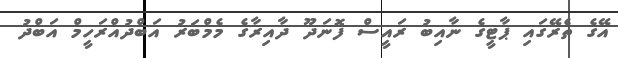
އޭގެ ތެރޭގައި ޕާޓީގެ ނާއިބު ރައީސް ފޮނަދޫ ދާއިރާގެ މެމްބަރު އަބްދުއްރަހީމް އަބްދު